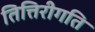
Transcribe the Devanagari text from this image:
तित्तिरीगति